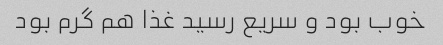
خوب بود و سریع رسید غذا هم گرم بود